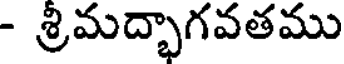
- శ్రిమద్భాగవతము